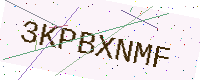
Text: 3KPBXNMF